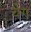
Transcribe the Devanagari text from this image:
वैग